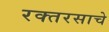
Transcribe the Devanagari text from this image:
रक्तरसाचे